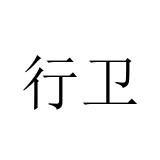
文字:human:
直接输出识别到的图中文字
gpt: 行卫